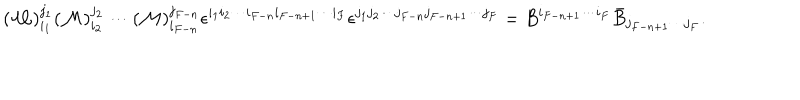
( { \cal M } ) _ { i _ { 1 } } ^ { j _ { 1 } } ( { \cal M } ) _ { i _ { 2 } } ^ { j _ { 2 } } \cdots ( { \cal M } ) _ { i _ { F - n } } ^ { j _ { F - n } } \epsilon ^ { i _ { 1 } i _ { 2 } \cdots i _ { F - n } i _ { F - n + 1 } \cdots i _ { F } } \epsilon ^ { j _ { 1 } j _ { 2 } \cdots j _ { F - n } j _ { F - n + 1 } \cdots j _ { F } } = B ^ { i _ { F - n + 1 } \cdots i _ { F } } \bar { B } _ { j _ { F - n + 1 } \cdots j _ { F } } .